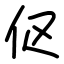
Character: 伛